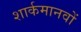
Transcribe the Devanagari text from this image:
शार्कमानवों